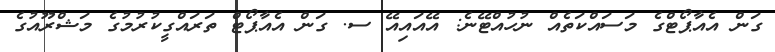
ގަން އެއާޕޯޓްގެ މަސައްކަތެއް ނުހުއްޓޭނެ: އޭއައިއޭ ސ. ގަން އެއާޕޯޓް ތަރައްގީކުރުމުގެ މަޝްރޫއުގެ